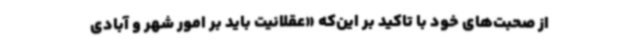
از صحبت‌های خود با تاکید بر این‌که «عقلانیت باید بر امور شهر و آبادی